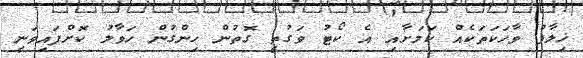
ޚިލާފު ވާހަކަތަކެއް ކަމަށާއި އެ ކޯޓު ވަގުތީ ގޮތުން ހިންގުން ހަވާލު ކޮށްފައިވަނީ